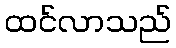
ထင်လာသည်